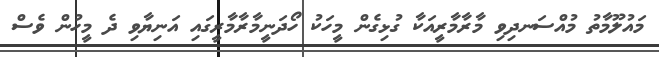
މައުލޫމާތު މުއްސަނދިވި މާރާމާރީއަކާ ގުޅިގެން މީހަކު ހޯދަނީމާރާމާރީގައި އަނިޔާވި ދެ މީހުން ވެސް